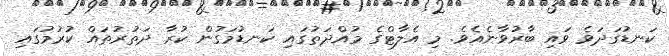
ކަނޑުގަދަވެ ވައި ބާރުވާނެއެވެ. މި އެލާޓްގެ މުއްދަތުގައި ކަނޑުމަގުން ކުރާ ދަތުރުތައް ކުރުމުގައި